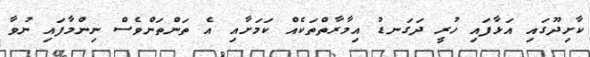
ކާށިދޫގައި އަޅާފައި ހުރީ ދަގަނޑު އިމާރާތްތަކެއް ކަމަށާއި އެ ތަންތަންވެސް ނިންމާފައި ނުވާ